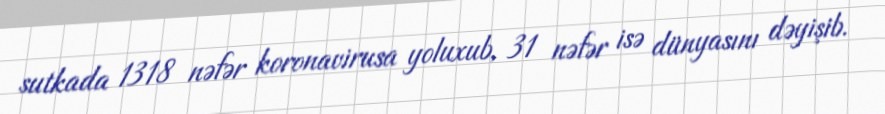
sutkada 1318 nəfər koronavirusa yoluxub, 31 nəfər isə dünyasını dəyişib.